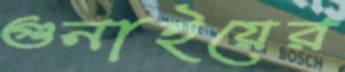
গুনাইয়ের